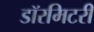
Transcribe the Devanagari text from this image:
डॉरमिटरी